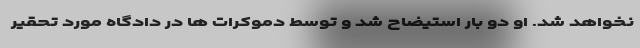
نخواهد شد. او دو بار استیضاح شد و توسط دموکرات ها در دادگاه مورد تحقیر